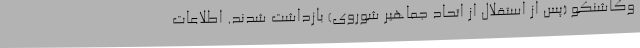
وکاشنکو (پس از استقلال از اتحاد جماهیر شوروی) بازداشت شدند. اطلاعات